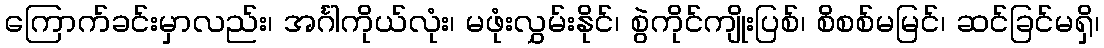
ကြောက်ခင်းမှာလည်း၊ အင်္ဂါကိုယ်လုံး၊ မဖုံးလွှမ်းနိုင်၊ စွဲကိုင်ကျိုးပြစ်၊ စိစစ်မမြင်၊ ဆင်ခြင်မရှိ၊